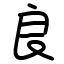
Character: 良